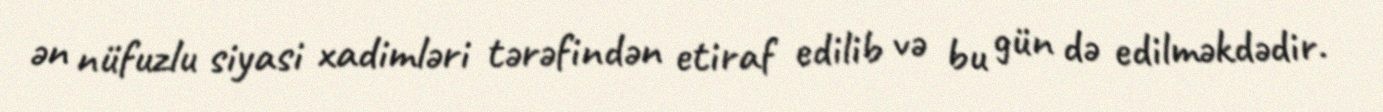
ən nüfuzlu siyasi xadimləri tərəfindən etiraf edilib və bu gün də edilməkdədir.